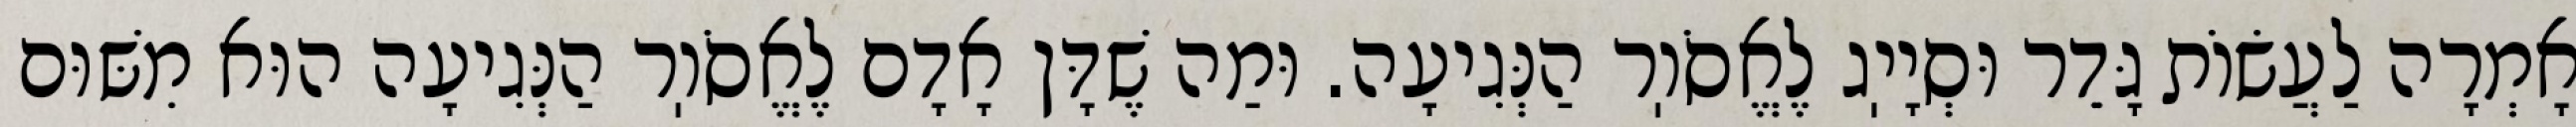
אָמְרָה לַעֲשׂוֹת גָּדֵר וּסְיָיֽג לֶאֱסֹוֽר הַנְּגִיעָה. וּמַה שֶׁדָּן אָדָם לֶאֱסֹוֽר הַנְּגִיעָה הוּא מִשּׁוּם